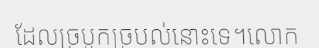
ដែលច្របូកច្របល់នោះទេ។លោក